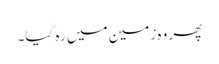
پھر وہ زمین میں رہ گیا۔